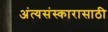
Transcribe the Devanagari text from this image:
अंत्यसंस्कारासाठी